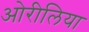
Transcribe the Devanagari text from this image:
ओरीलिया